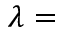
\lambda =